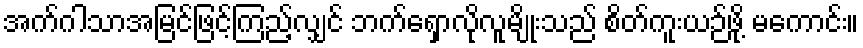
အက်ဂါသာအမြင်ဖြင့်ကြည့်လျှင် ဘက်ရှောလိုလူမျိုးသည် စိတ်ကူးယဉ်ဖို့ မကောင်း။